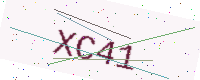
Text: XC41